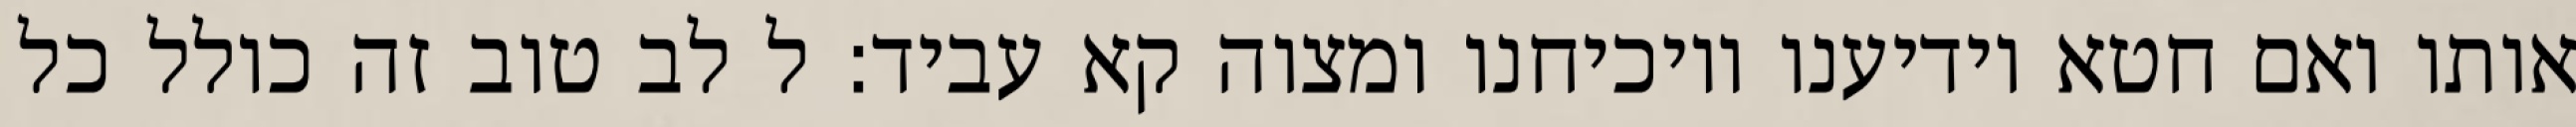
אותו ואם חטא יודיענו ויוכיחנו ומצוה קא עביד: ל לב טוב זה כולל כל